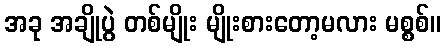
အခု အချိုပွဲ တစ်မျိုး မျိုးစားတော့မလား မစ္စစ်။